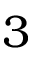
3